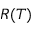
R ( T )